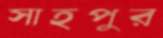
সাহপুর